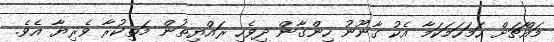
މައްޗަށް ހަމަހަމަކަމާ އެކު ގާނޫނު ހިންގާން ދިވެހި ރައްޔިތުން މަތިކުރާ ވެރިޔާ އެވެ.